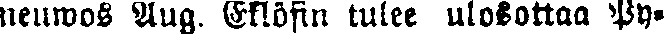
neuwos Aug. Eklöfin tulee ulosottoa Py-